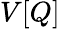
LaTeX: V[Q]